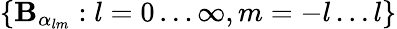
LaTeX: \{ \mathbf{B}_{\alpha_{lm}}:l=0\ldots\infty,m=-l\ldots l\}